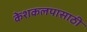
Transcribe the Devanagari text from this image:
केशकलपासाठी